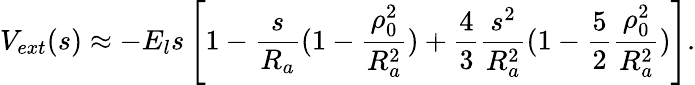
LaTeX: V_{ext}(s)\approx-E_{l}s\left[1-\frac{s}{R_{a}}(1-\frac{\rho_{0}^{2}}{R_{a}^{2}})+\frac{4}{3}\frac{s^{2}}{R_{a}^{2}}(1-\frac{5}{2}\frac{\rho_{0}^{2}}{R_{a}^{2}})\right].